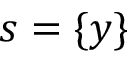
s = \{ y \}